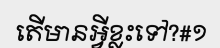
តើមានអ្វីខ្លះទៅ?#១